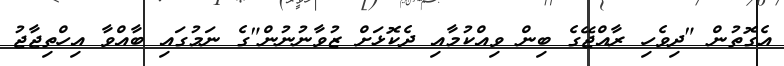
އެގޮތުން "ދިވެހި ރާއްޖޭގެ ބިން ވިއްކުމާއި ދެކޮޅަށް ޒުވާނުނުން"ގެ ނަމުގައި ބާއްވާ އިހްތިޖާޖު